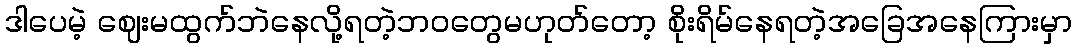
ဒါပေမဲ့ ဈေးမထွက်ဘဲနေလို့ရတဲ့ဘဝတွေမဟုတ်တော့ စိုးရိမ်နေရတဲ့အခြေအနေကြားမှာ